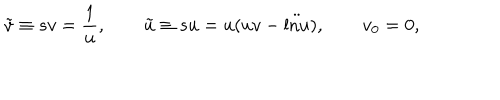
\tilde { v } \equiv s v = \frac { 1 } { u } , \qquad \tilde { u } \equiv s u = u ( u v - \ddot { \mathrm { l n } u } ) , \qquad v _ { 0 } = 0 ,